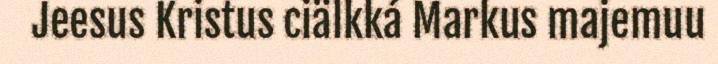
Jeesus Kristus ciälkká Markus majemuu